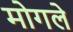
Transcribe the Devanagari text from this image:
मोगले